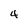
Character: 4